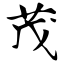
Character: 茂